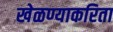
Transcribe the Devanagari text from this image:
खेळण्याकरिता